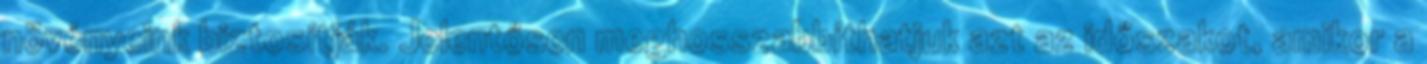
növényeink biztosítják. Jelentősen meghosszabbíthatjuk azt az időszakot, amikor a